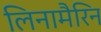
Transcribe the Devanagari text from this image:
लिनामैरिन